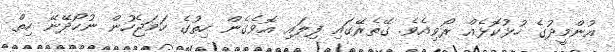
އުންމީދުގެ ހުޅުކޮޅެއް ރޯވިއެވެ. ގޭތެރޭގައި ފިލައި އޮވެގެން ހިތުގެ ހަމަޖެހުން ނުހޯދޭނޭ ހިތް